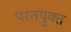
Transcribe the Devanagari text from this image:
परतयुक्त